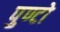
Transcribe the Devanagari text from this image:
पुण्टो